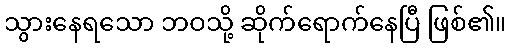
သွားနေရသော ဘဝသို့ ဆိုက်ရောက်နေပြီ ဖြစ်၏။